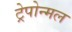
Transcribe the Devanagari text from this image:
ट्रेपोन्मल